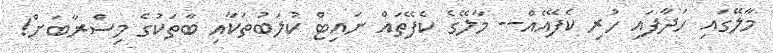
މާލޭގައި ހަދާފައި ހުރި ކެފޭއެއް-- މާލޭގެ ކެފޭތައް ނައިޓް ކުލަބުތަކާއި ބާތަކުގެ މިސްރާބަށް!